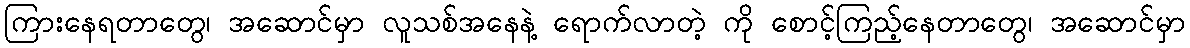
ကြားနေရတာတွေ၊ အဆောင်မှာ လူသစ်အနေနဲ့ ရောက်လာတဲ့ ကို စောင့်ကြည့်နေတာတွေ၊ အဆောင်မှာ